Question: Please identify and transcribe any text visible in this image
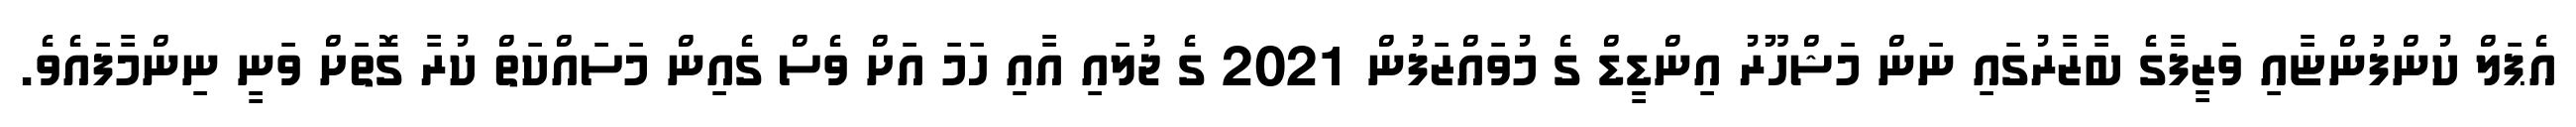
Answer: އެޕަލް ކުންފުންޏާއި ވަޒީފާގެ ބާޒާރުގައި ނަން މަޝްހޫރު އިންޑީޑް ގެ މުވައްޒަފުން 2021 ގެ ޖުލައި އާއި ހަމަ އަށް ވެސް ގެއިން މަސައްކަތް ކުރާ ގޮތަށް ވަނީ ނިންމާފައެވެ.